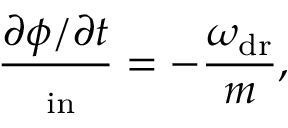
{ \frac { \partial \phi / \partial t } { \it \Omega _ { \mathrm { i n } } } } = - { \frac { \omega _ { \mathrm { d r } } } { m } } ,